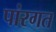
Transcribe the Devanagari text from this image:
पांरगत